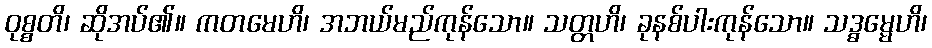
ဝုစ္စတိ၊ ဆိုအပ်၏။ ကတမေဟိ၊ အဘယ်မည်ကုန်သော။ သတ္တဟိ၊ ခုနစ်ပါးကုန်သော။ သဒ္ဓမ္မေဟိ၊